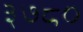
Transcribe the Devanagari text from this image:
३७८०